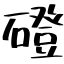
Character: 磴